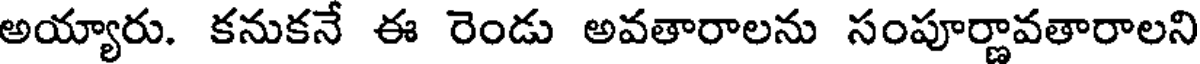
అయ్యారు. కనుకనే ఈ రెండు అవతారాలను సంపూర్ణావతారాలని